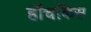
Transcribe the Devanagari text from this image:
हॉचकिस